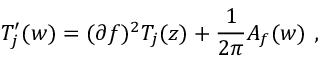
T _ { j } ^ { \prime } ( w ) = ( \partial f ) ^ { 2 } T _ { j } ( z ) + { \frac { 1 } { 2 \pi } } A _ { f } ( w ) ~ ,